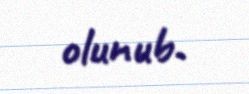
olunub.